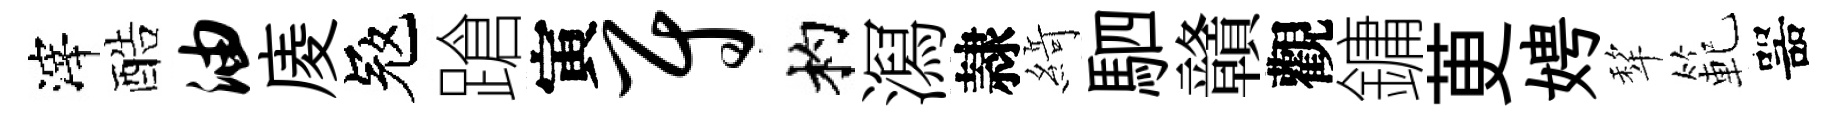
滓酷油庱冦蹌寅尉杓㵼隷𦂶駟贛觀鏞茰娉犂範噐